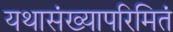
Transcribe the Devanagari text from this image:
यथासंख्यापरिमितं